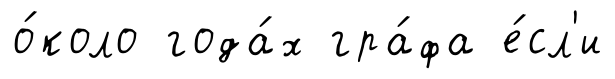
о́коло года́х гра́фа е́сл'и